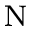
_ \mathrm { N }